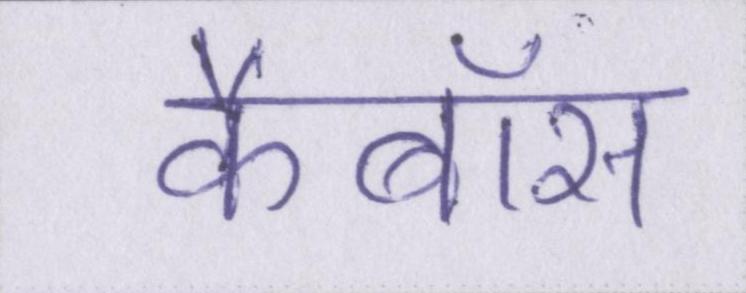
कैबॉस